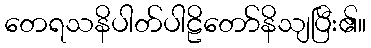
တေရသနိပါတ်ပါဠိတော်နိသျပြီး၏။